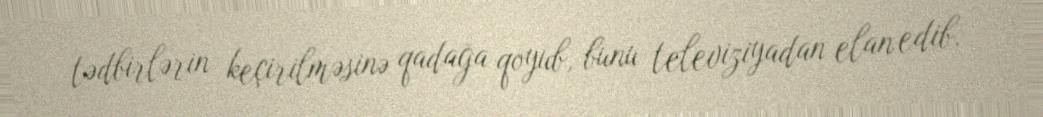
tədbirlərin keçirilməsinə qadağa qoyub, bunu televiziyadan elan edib.